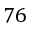
7 6